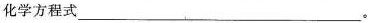
化学方程式___。